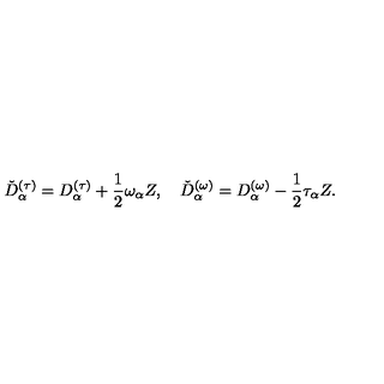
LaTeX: \check { D } _ { \alpha } ^ { ( \tau ) } = D _ { \alpha } ^ { ( \tau ) } + \frac { 1 } { 2 } \omega _ { \alpha } Z , \quad \check { D } _ { \alpha } ^ { ( \omega ) } = D _ { \alpha } ^ { ( \omega ) } - \frac { 1 } { 2 } \tau _ { \alpha } Z .